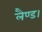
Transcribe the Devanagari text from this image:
लैण्ड।